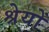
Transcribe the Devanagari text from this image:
श्रेयों